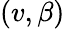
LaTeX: (v,\beta)